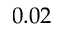
0 . 0 2